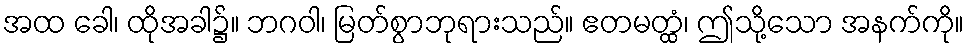
အထ ခေါ၊ ထိုအခါ၌။ ဘဂဝါ၊ မြတ်စွာဘုရားသည်။ ဧတမတ္ထံ၊ ဤသို့သော အနက်ကို။